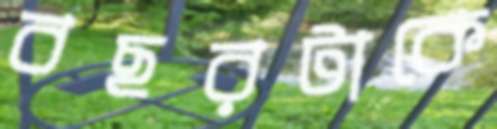
বছরটাকে